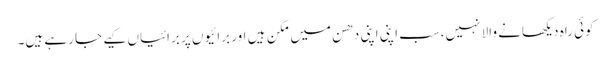
کوئی راہ دیکھانے والا نہیں،سب اپنی اپنی دھن میں مگن ہیں اور برائیوں پر برائیاں کیے جا رہے ہیں۔